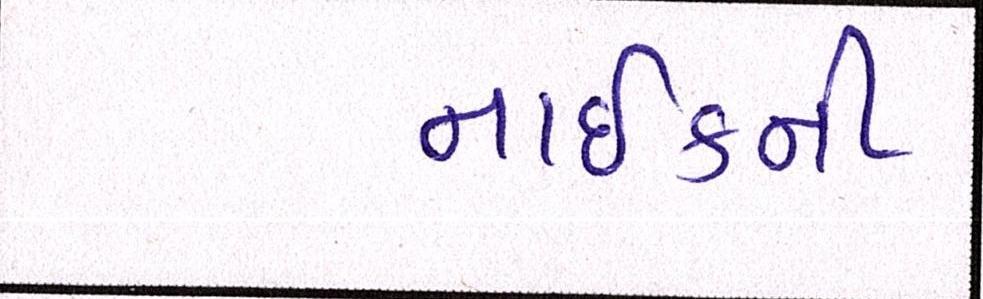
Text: નાઈકની